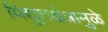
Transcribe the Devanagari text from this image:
विद्युतक्षेत्रामुळे